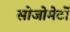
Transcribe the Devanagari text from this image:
सोजोमेर्टो